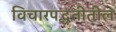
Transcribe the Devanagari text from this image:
विचारपद्धतीतील